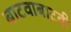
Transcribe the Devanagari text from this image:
बाटवाबाटवी